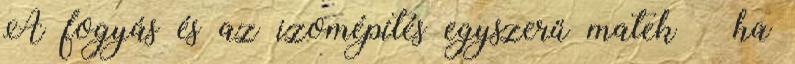
A fogyás és az izomépítés egyszerű matek – ha